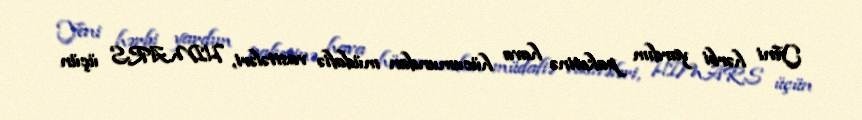
Yeni hərbi yardım paketinə hava hücumundan müdafiə vasitələri, HIMARS üçün